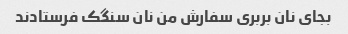
بجای نان بربری سفارش من نان سنگک فرستادند